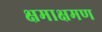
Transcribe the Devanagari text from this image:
क्षमाक्षमण